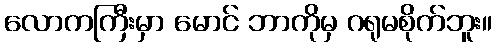
လောကကြီးမှာ မောင် ဘာကိုမှ ဂရုမစိုက်ဘူး။